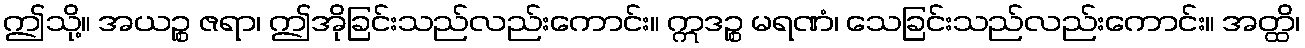
ဤသို့။ အယဉ္စ ဇရာ၊ ဤအိုခြင်းသည်လည်းကောင်း။ ဣဒဉ္စ မရဏံ၊ သေခြင်းသည်လည်းကောင်း။ အတ္ထိ၊